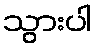
သွားပါ